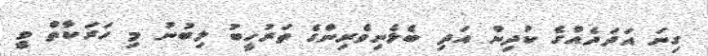
ގިނަ އަދަދެއްގެ ކުދިން އަދި ބެލެނިވެރިންގެ ތަރުހީބު ލިބުނު މި ހަރަކާތް ވީ